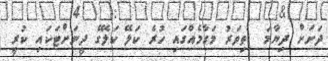
ދަށަށް ދިޔާމަ  ތިވަރު މަގާމެއްގައި ހުރެ ކަލޭ ކަލޭގެ ދީނަށްޓަކައި ކުރީ